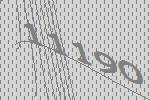
11190